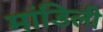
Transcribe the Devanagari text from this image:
मांडिली